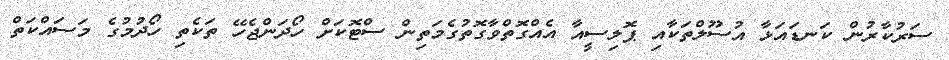
ސަރުކާރުން ކަނޑައަޅާ އުސޫލްތަކާއި ޕޮލިސީއާ އެއްގޮތްވާގޮތުގެމަތިން ސްޓޮކަށް ހޯދަންޖެހޭ ތަކެތި ހޯދުމުގެ މަސައްކަތް